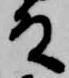
殿